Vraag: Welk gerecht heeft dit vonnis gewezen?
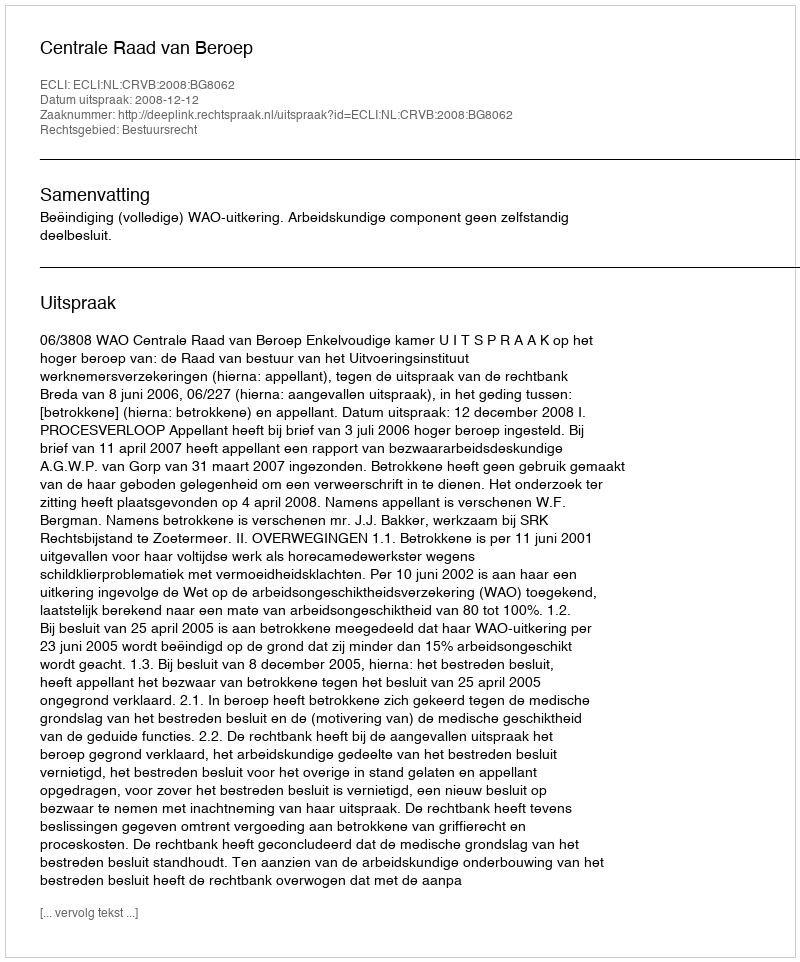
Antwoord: Centrale Raad van Beroep